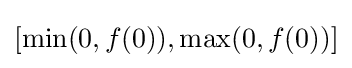
[\min(0,f(0)),\max(0,f(0))]